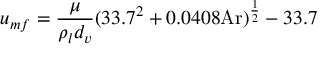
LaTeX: u _ { m f } = { \frac { \mu } { \rho _ { l } d _ { v } } } ( 3 3 . 7 ^ { 2 } + 0 . 0 4 0 8 { \mathrm { A r } } ) ^ { \frac { 1 } { 2 } } - 3 3 . 7